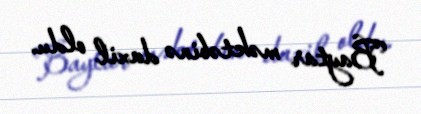
Baytar məktəbinə daxil oldu.